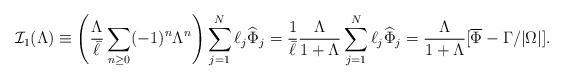
LaTeX: \begin{align*}{\mathcal I}_1(\Lambda)\equiv \left (\frac{\Lambda}{\bar{\ell}}\sum_{n\geq 0}(-1)^n\Lambda^n\right )\sum_{j=1}^N\ell_j \widehat{\Phi}_j=\frac{1}{\bar{\ell}}\frac{\Lambda}{1+\Lambda}\sum_{j=1}^N\ell_j \widehat{\Phi}_j=\frac{\Lambda}{1+\Lambda}[\overline{\Phi}-\Gamma/|\Omega|].\end{align*}